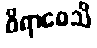
ဝိရာဓေသိ